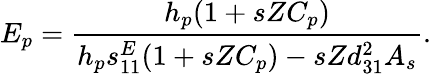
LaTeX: E_{p}=\frac{h_{p}(1+sZC_{p})}{h_{p}s_{11}^{E}(1+sZC_{p})-sZd_{31}^{2}A_{s}}.